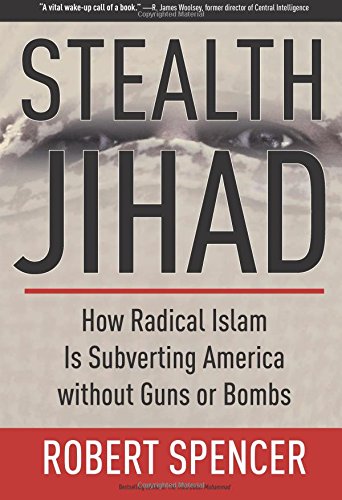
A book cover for Stealth Jihad: How Radical Islam is Subverting America without Guns or Bombs; Robert Spencer; Religion & Spirituality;